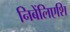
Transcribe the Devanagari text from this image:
निबेंलिएशि